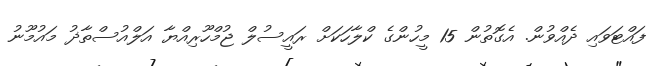
ފައްޓަވައި ދެއްވުން. އެގޮތުން 15 މީހުންގެ ކްލާހަކަށް ރައީސުލް ޖުމްހޫރިއްޔާ އަލްއުސްތާޛު މައުމޫނު